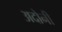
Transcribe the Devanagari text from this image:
अदोनी